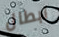
ابطال